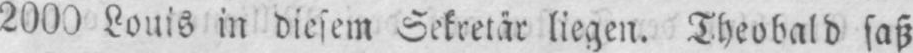
2000 Louis in diesem Sekretär liegen. Theobald saß